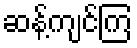
ဆန့်ကျင်ကြ